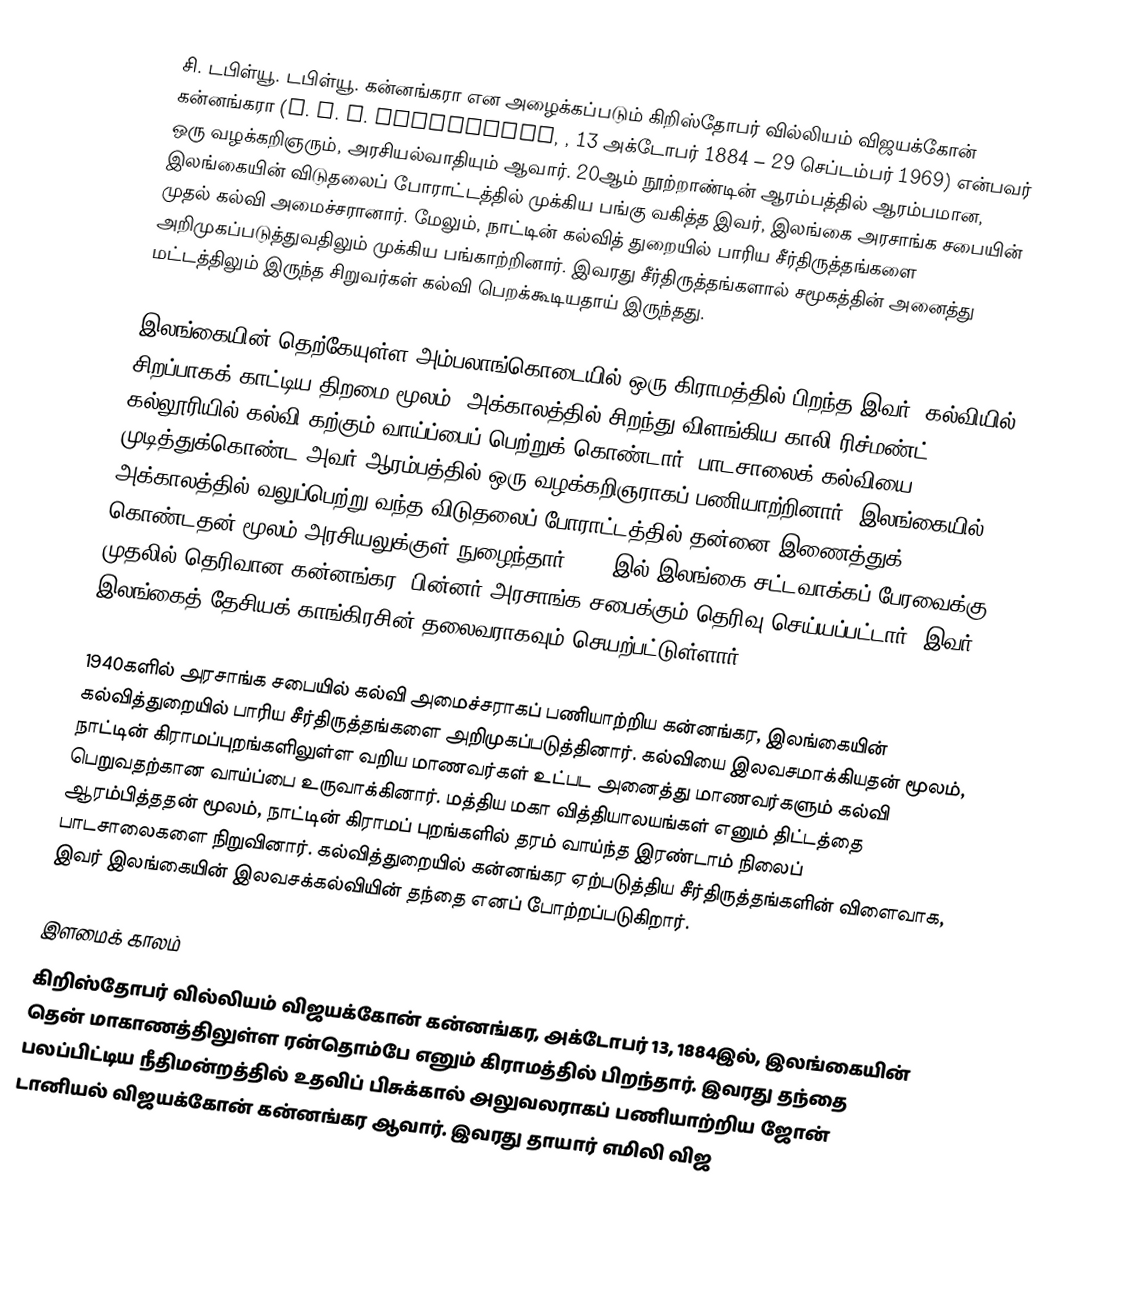
சி. டபிள்யூ. டபிள்யூ. கன்னங்கரா என அழைக்கப்படும் கிறிஸ்தோபர் வில்லியம் விஜயக்கோன் கன்னங்கரா (C. W. W. Kannangara, , 13 அக்டோபர் 1884 – 29 செப்டம்பர் 1969) என்பவர் ஒரு வழக்கறிஞரும், அரசியல்வாதியும் ஆவார். 20ஆம் நூற்றாண்டின் ஆரம்பத்தில் ஆரம்பமான, இலங்கையின் விடுதலைப் போராட்டத்தில் முக்கிய பங்கு வகித்த இவர், இலங்கை அரசாங்க சபையின் முதல் கல்வி அமைச்சரானார். மேலும், நாட்டின் கல்வித் துறையில் பாரிய சீர்திருத்தங்களை அறிமுகப்படுத்துவதிலும் முக்கிய பங்காற்றினார். இவரது சீர்திருத்தங்களால் சமூகத்தின் அனைத்து மட்டத்திலும் இருந்த சிறுவர்கள் கல்வி பெறக்கூடியதாய் இருந்தது.

இலங்கையின் தெற்கேயுள்ள அம்பலாங்கொடையில் ஒரு கிராமத்தில் பிறந்த இவர், கல்வியில் சிறப்பாகக் காட்டிய திறமை மூலம், அக்காலத்தில் சிறந்து விளங்கிய காலி ரிச்மண்ட் கல்லூரியில் கல்வி கற்கும் வாய்ப்பைப் பெற்றுக் கொண்டார். பாடசாலைக் கல்வியை முடித்துக்கொண்ட அவர் ஆரம்பத்தில் ஒரு வழக்கறிஞராகப் பணியாற்றினார். இலங்கையில் அக்காலத்தில் வலுப்பெற்று வந்த விடுதலைப் போராட்டத்தில் தன்னை இணைத்துக் கொண்டதன் மூலம் அரசியலுக்குள் நுழைந்தார். 1923இல் இலங்கை சட்டவாக்கப் பேரவைக்கு முதலில் தெரிவான கன்னங்கர, பின்னர் அரசாங்க சபைக்கும் தெரிவு செய்யப்பட்டார். இவர் இலங்கைத் தேசியக் காங்கிரசின் தலைவராகவும் செயற்பட்டுள்ளார்.

1940களில் அரசாங்க சபையில் கல்வி அமைச்சராகப் பணியாற்றிய கன்னங்கர, இலங்கையின் கல்வித்துறையில் பாரிய சீர்திருத்தங்களை அறிமுகப்படுத்தினார். கல்வியை இலவசமாக்கியதன் மூலம், நாட்டின் கிராமப்புறங்களிலுள்ள வறிய மாணவர்கள் உட்பட அனைத்து மாணவர்களும் கல்வி பெறுவதற்கான வாய்ப்பை உருவாக்கினார். மத்திய மகா வித்தியாலயங்கள் எனும் திட்டத்தை ஆரம்பித்ததன் மூலம், நாட்டின் கிராமப் புறங்களில் தரம் வாய்ந்த இரண்டாம் நிலைப் பாடசாலைகளை நிறுவினார். கல்வித்துறையில் கன்னங்கர ஏற்படுத்திய சீர்திருத்தங்களின் விளைவாக, இவர் இலங்கையின் இலவசக்கல்வியின் தந்தை எனப் போற்றப்படுகிறார்.

இளமைக் காலம்
கிறிஸ்தோபர் வில்லியம் விஜயக்கோன் கன்னங்கர, அக்டோபர் 13, 1884இல், இலங்கையின் தென் மாகாணத்திலுள்ள ரன்தொம்பே எனும் கிராமத்தில் பிறந்தார். இவரது தந்தை பலப்பிட்டிய நீதிமன்றத்தில் உதவிப் பிசுக்கால் அலுவலராகப் பணியாற்றிய ஜோன் டானியல் விஜயக்கோன் கன்னங்கர ஆவார். இவரது தாயார் எமிலி விஜ